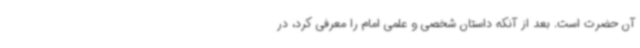
آن حضرت است. بعد از آنکه داستان شخصی و علمی امام را معرفی کرد، در